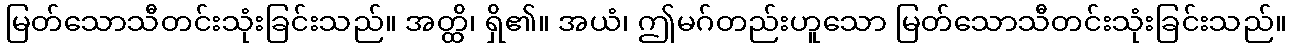
မြတ်သောသီတင်းသုံးခြင်းသည်။ အတ္ထိ၊ ရှိ၏။ အယံ၊ ဤမဂ်တည်းဟူသော မြတ်သောသီတင်းသုံးခြင်းသည်။